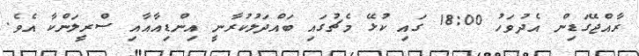
ރާއްޖޭގަޑިން އެދުވަހު 18:00 ގައި ކުޅޭ މެޗުގައި ބައްދަލުކުރާނީ އިންޑިއާއާއި ސްރީލަންކާ އެވެ.